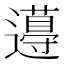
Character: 𨘚